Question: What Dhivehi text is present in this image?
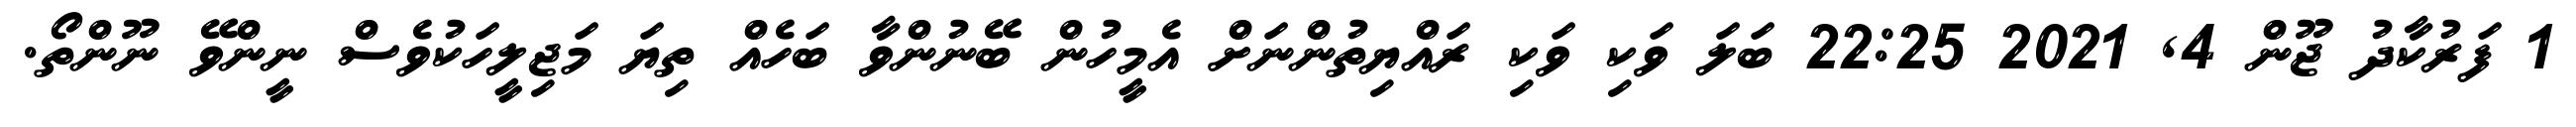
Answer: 1 ފަރުކާދު ޖޫން 4, 2021 22:25 ބަލަ ވަކި ވަކި ރައްޔިތުންނަށް އެމީހުން ބޭނުންވާ ބަހެއް ތިޔަ މަޖިލީހަކުވެސް ނީންވޭ ނޫންތޯ.